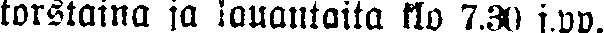
torstaina ja lauantaita klo 7.30 j.pp.